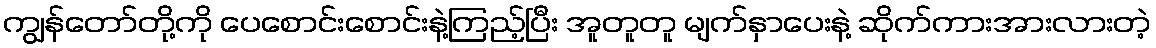
ကျွန်တော်တို့ကို ပေစောင်းစောင်းနဲ့ကြည့်ပြီး အူတူတူ မျက်နှာပေးနဲ့ ဆိုက်ကားအားလားတဲ့